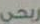
ربحي